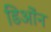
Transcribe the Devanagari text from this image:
डिओंन